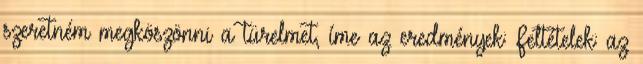
szeretném megköszönni a türelmet, íme az eredmények: Feltételek: az